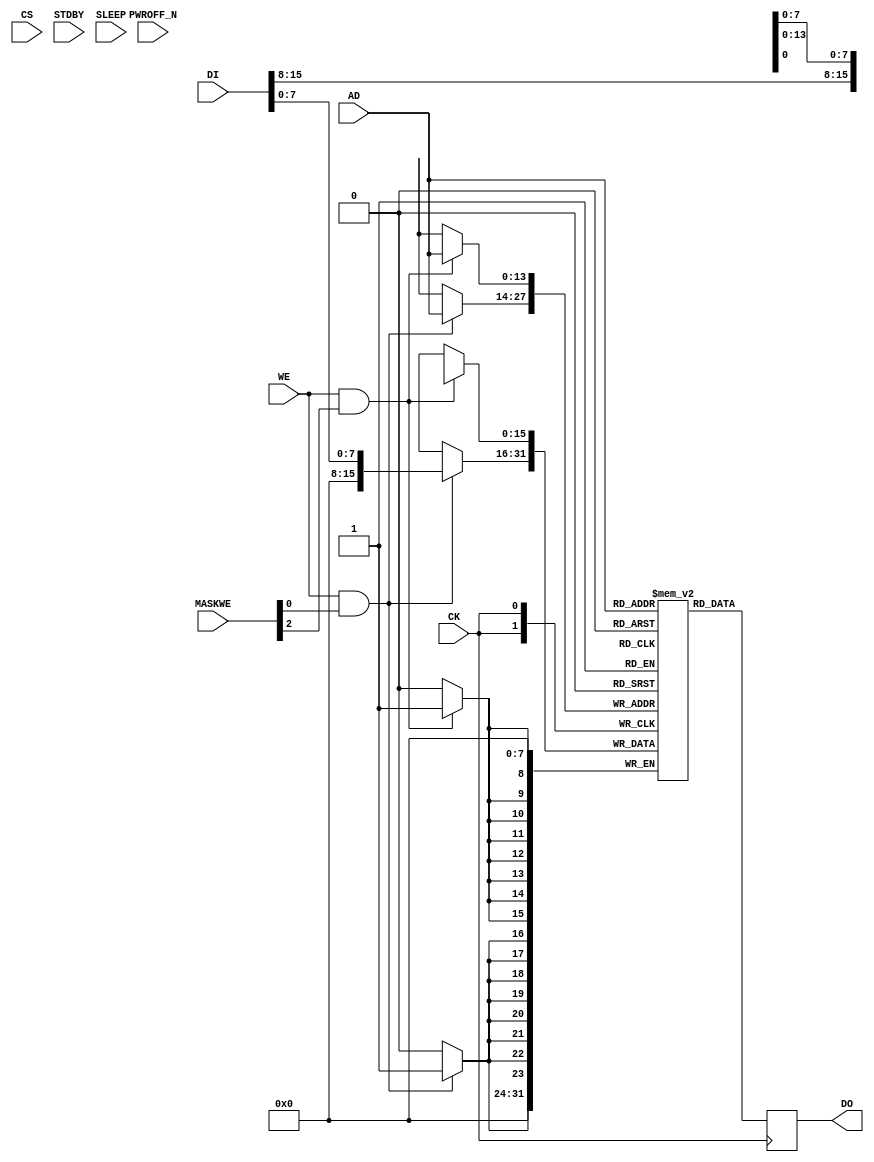


`default_nettype none

module SP256K (

    input wire [13:0] AD,
    input wire [15:0] DI,
    input wire [3:0] MASKWE,
    input wire WE,
    input wire CS,
    input wire CK,
    input wire STDBY,
    input wire SLEEP,
    input wire PWROFF_N,
    output wire [15:0] DO
);


    wire [13 : 0]         addr;
    wire [15 : 0]         din;
    wire [1 : 0]          write_en;
    wire                  clk;
    reg [15 : 0]          dout;
    
    assign clk = CK;
    assign DO = dout;
    assign addr = AD;
    assign din = DI;
    assign write_en = {WE & MASKWE [2], WE & MASKWE [0]};
    
    

    reg [15 : 0] mem [(1<<14)-1:0];
    genvar i;
    generate
        for (i = 0; i < 2; i = i + 1) begin : gen_proc
            always @(posedge clk) begin
                if (write_en[i]) begin
                    mem[(addr)][8 * (i + 1) - 1 : 8 * i] <= din[8 * (i + 1) - 1 : 8 * i];
                end
            end
        end
    endgenerate
 
    always @(posedge clk) begin
        dout <= mem[addr];
    end

endmodule

`default_nettype wire